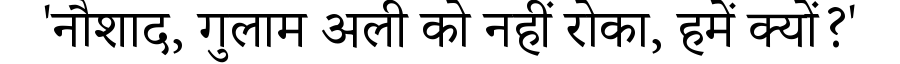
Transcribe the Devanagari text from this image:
'नौशाद, गुलाम अली को नहीं रोका, हमें क्यों?'